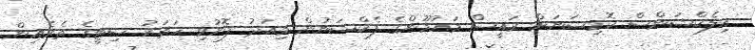
އިލެކްޝަންސް ކޮމިޝަނަށް ރައީސް މައުމޫންގެ ފެކްޝަނުން މިއަދު ފޮނުވި ހަތަރު ސިޓީގެ ތެރެއިން